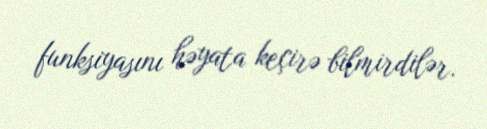
funksiyasını həyata keçirə bilmirdilər.